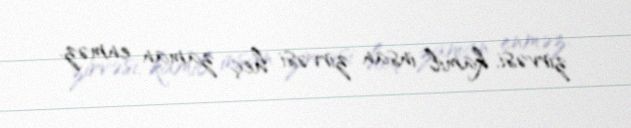
zirvəsi, kamil insan zirvəsi heç zaman enməz.